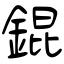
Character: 錕